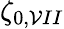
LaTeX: \zeta_{0,\mathcal{V}II}